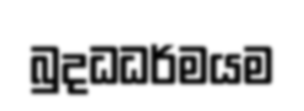
බුදධධර්මයම